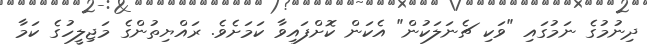
ދިނުމުގެ ނަމުގައި "ވަކި ޗެނަލަކުން" އެކަން ކޮށްފައިވާ ކަމަށެވެ. ރައްޔިތުންގެ މަޖިލީހުގެ ކަމާ